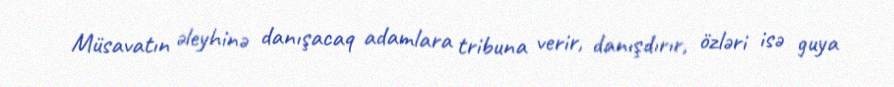
Müsavatın əleyhinə danışacaq adamlara tribuna verir, danışdırır, özləri isə guya